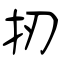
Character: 扨